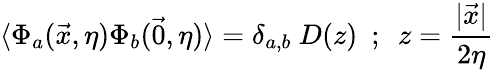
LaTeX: \langle\Phi_{a}(\vec{x},\eta)\Phi_{b}(\vec{0},\eta)\rangle=\delta_{a,b}~D(z)~~;~~z=\frac{|\vec{x}|}{2\eta}